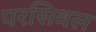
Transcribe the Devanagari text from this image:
परसिवल